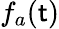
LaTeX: f_{a}(\mathsf{t})